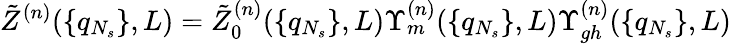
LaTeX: \tilde{Z}^{(n)}(\{ q_{N_{s}}\} ,L)=\tilde{Z}_{0}^{(n)}(\{ q_{N_{s}}\} ,L)\Upsilon_{m}^{(n)}(\{ q_{N_{s}}\} ,L)\Upsilon_{gh}^{(n)}(\{ q_{N_{s}}\} ,L)